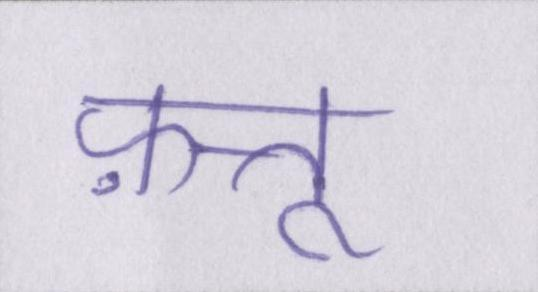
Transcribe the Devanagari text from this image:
फ़त्तू